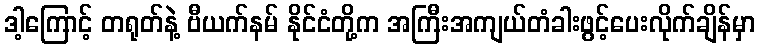
ဒါ့ကြောင့် တရုတ်နဲ့ ဗီယက်နမ် နိုင်ငံတို့က အကြီးအကျယ်တံခါးဖွင့်ပေးလိုက်ချိန်မှာ